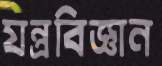
যন্ত্রবিজ্ঞান